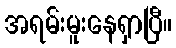
အရမ်းမူးနေရှာပြီ။